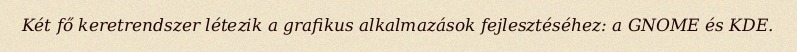
Két fő keretrendszer létezik a grafikus alkalmazások fejlesztéséhez: a GNOME és KDE.